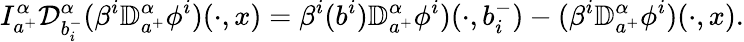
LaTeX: I_{a^{+}}^{\alpha}{\mathcal D}_{b_{i}^{-}}^{\alpha}(\beta^{i}{\mathbb D}_{a^{+}}^{\alpha}\phi^{i})(\cdot,x)=\beta^{i}(b^{i}){\mathbb D}_{a^{+}}^{\alpha}\phi^{i})(\cdot,b_{i}^{-})-(\beta^{i}{\mathbb D}_{a^{+}}^{\alpha}\phi^{i})(\cdot,x).